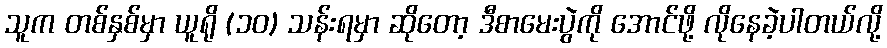
သူက တစ်နှစ်မှာ ယူရို (၁၀) သန်းရမှာ ဆိုတော့ ဒီစာမေးပွဲကို အောင်ဖို့ လိုနေခဲ့ပါတယ်လို့